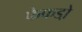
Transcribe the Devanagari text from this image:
फेफडो़